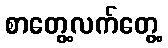
စာတွေ့လက်တွေ့